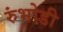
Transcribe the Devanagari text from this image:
रुंभोडी